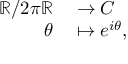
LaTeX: \begin{array} { r l } { \mathbb { R } / 2 \pi \mathbb { R } } & { { } \to C } \\ { \theta } & { { } \mapsto e ^ { i \theta } , } \end{array}